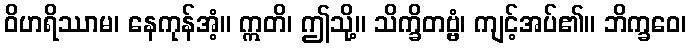
ဝိဟရိဿာမ၊ နေကုန်အံ့။ ဣတိ၊ ဤသို့။ သိက္ခိတဗ္ဗံ၊ ကျင့်အပ်၏။ ဘိက္ခဝေ၊